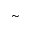
\sim